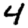
Digit: 4